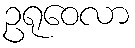
ဥရုဝေလာ